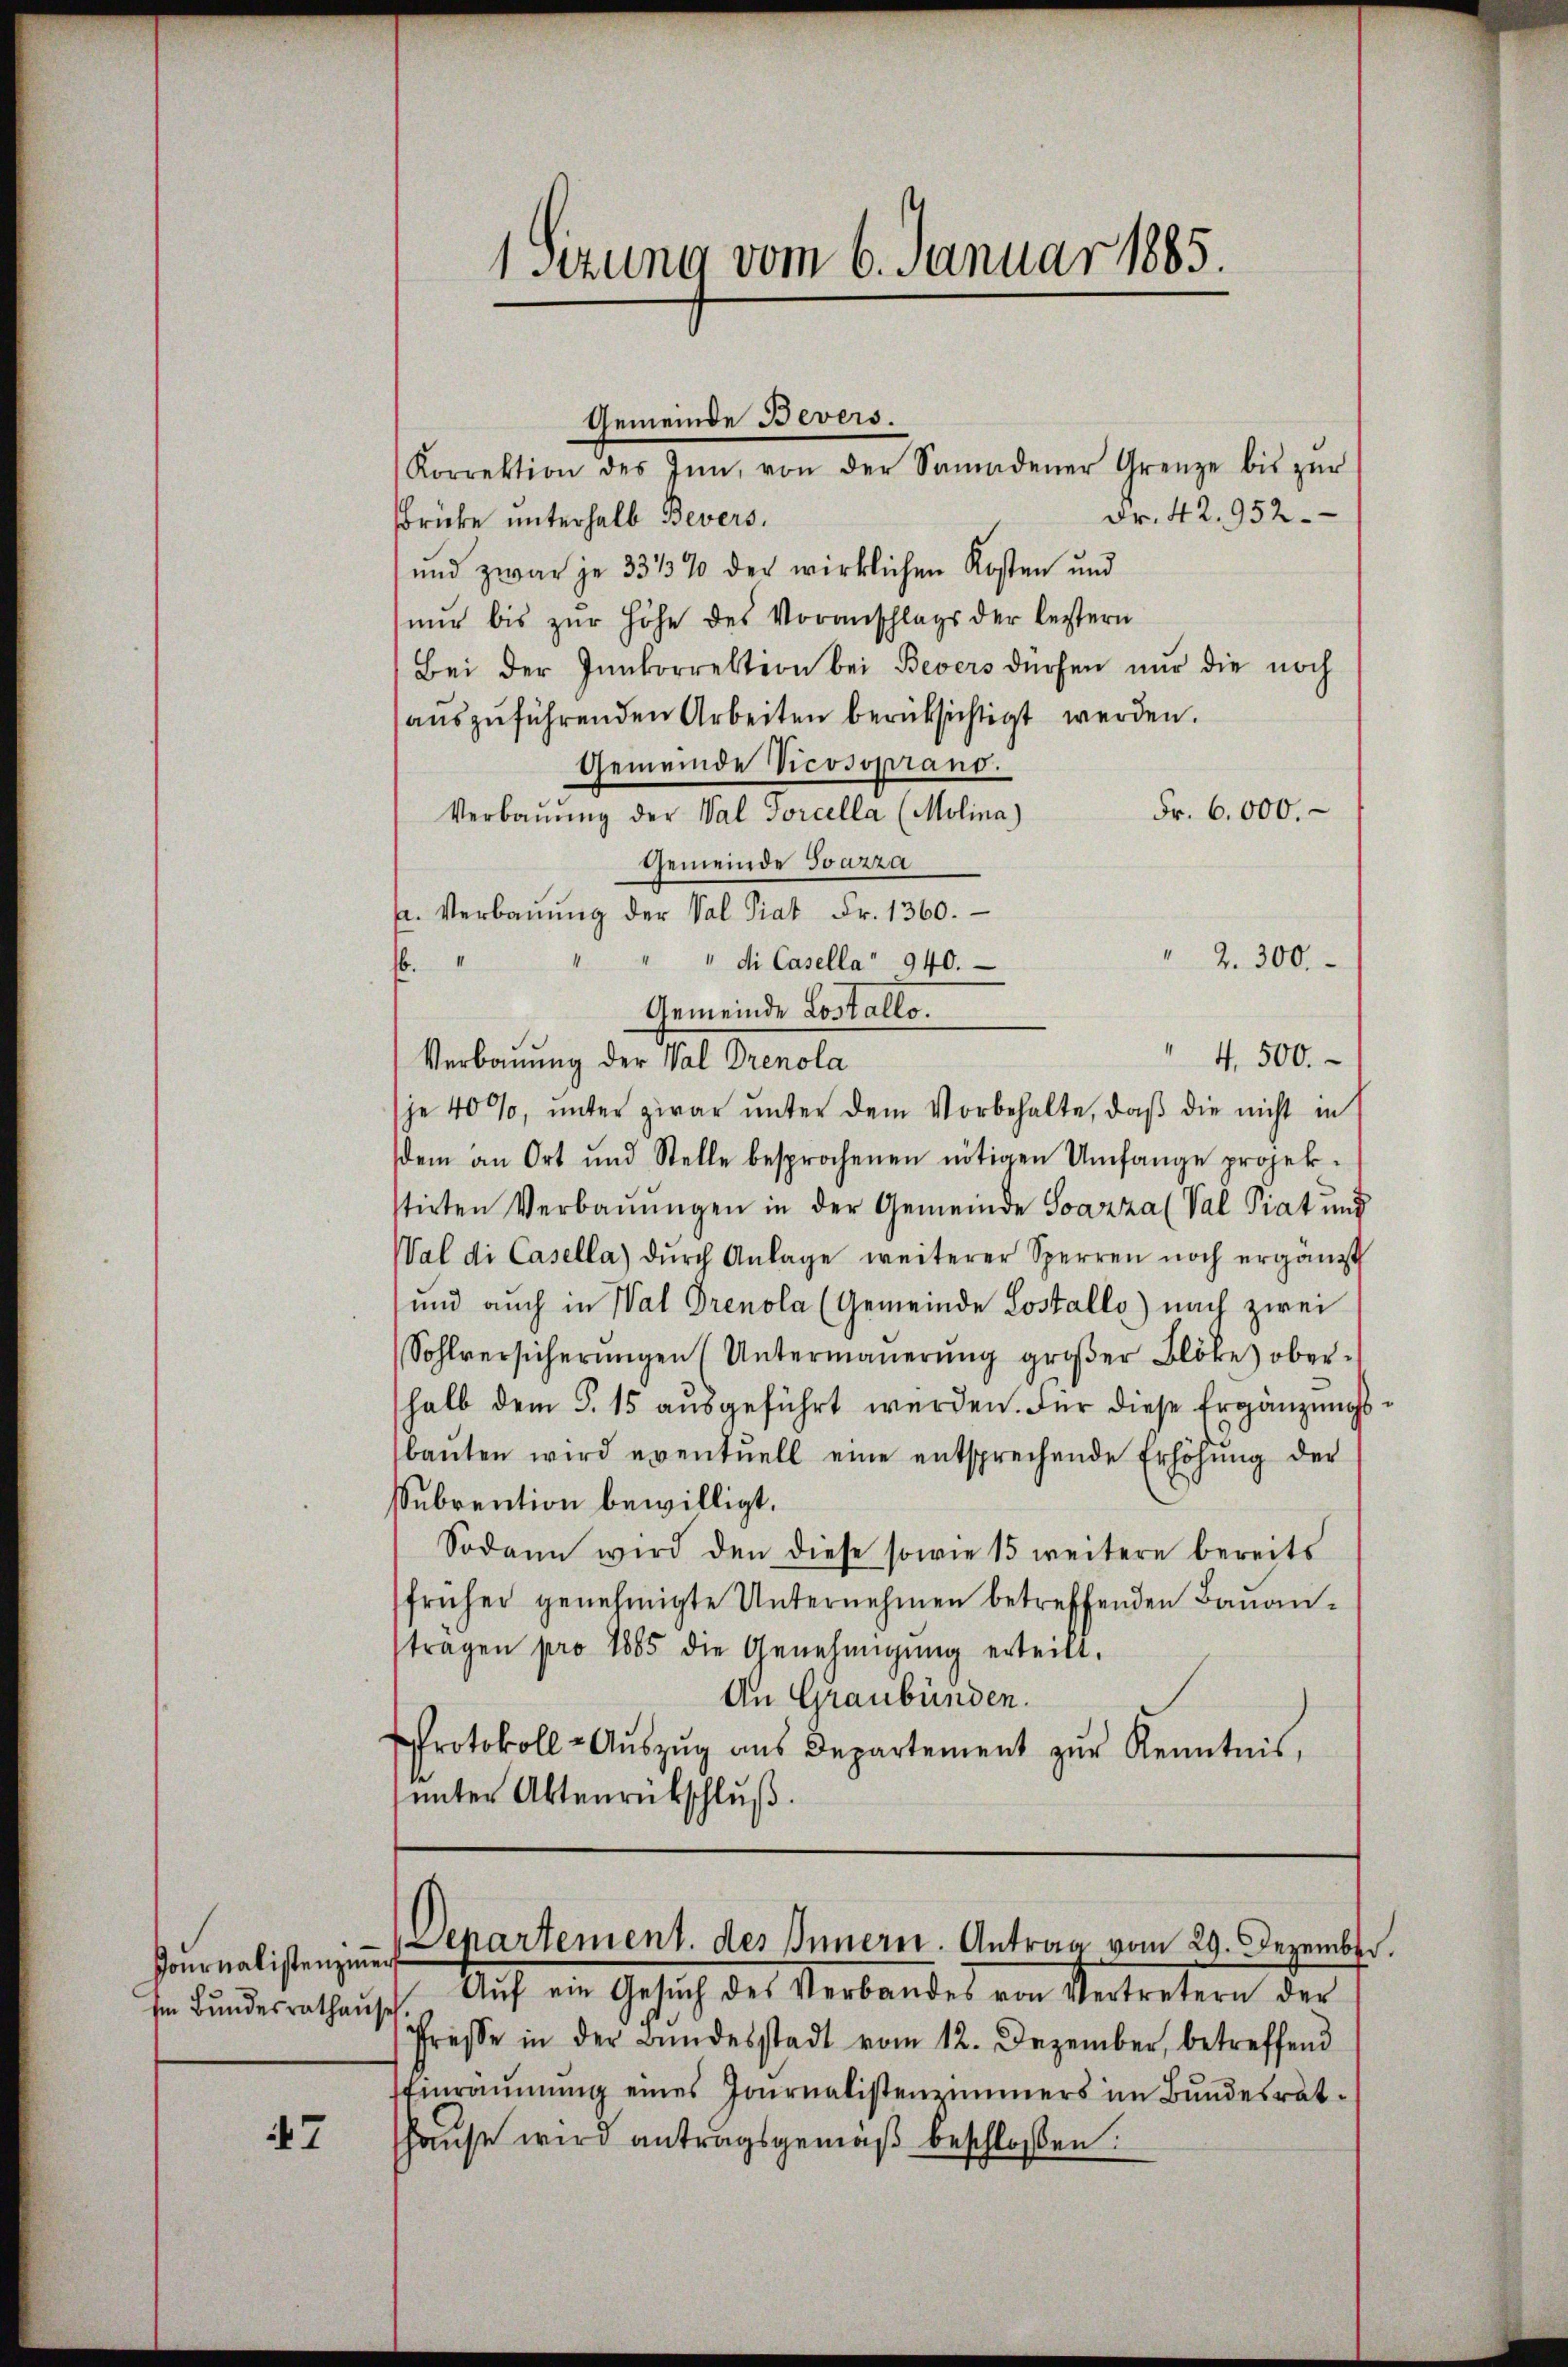
Journalistenzier

7

1Sitzung vom 6. Januar 1885.

Fr. 42. 952.
ricke unterhalb Bevers.
und zwar je 3315% der wirklichen Kosten und
nŭr bis zŭr Höhe des Voranschlags der leztern
Bei der Innkorrektion bei Bevers dürfen nur die noch
aŭszŭführenden Arbeiten berücksichtigt werden.
Gemeinde Vicosoprano.
Fr. 6000.
Verbaŭŭng der Val Torcella (Molina)
Gemeinde Svazza
A. Verbaŭŭng der Val Piat Fr. 1360.
" die Casella 940.
.
Gemeinde Lostallo.
4,500.
Verbauung der Wal Prenola
(je 40%, unter zwar unter dem Vorbehalte, daß die nicht in
dem an Ort und Stelle besprochenen nötigen Umfange projek-
stirten Verbaŭŭngen in der Gemeinde Soazza (Val Piat und
Wal di Casella dŭrch Anlage weiterer Sperren noch ergänzt
und auch in Wal Prenola (Gemeinde Lostalls) nach zwei
Sohlversicherŭngen (Untermaŭerŭng groβer Blöke) oberhalb dem §. 15 aŭsgeführt werden. Für diese Ergänzungsbaŭten wird eventuell eine entsprechende Erhöhŭng der
Subrention bewilligt.
Sodann wird den diese sowie 15 weitere bereits
früher genehmigte Unternehmen betreffenden Bauantragen pro 1885 die Genehmigŭng erteilt.
An Graubünden.
Protokoll-Aŭszŭg aŭs Departement zŭr Kenntnis,
unter Aktenrückschluß.

Gemeinde Bevers.
Korrektion des Inn, von der Samadener Grenze bis zŭr

m Bŭndesrathaŭsch. Aŭf ein Gesŭch des Verbandes von Vertretern der
Presse in der Bŭndesstadt vom 12. Dezember, betreffend
Einräŭmŭng eines Journalistenzimmers im Bundesrathaŭse wird antragsgemäβ beschlossen:

" 2. 300.

Denartement. des Innerer. Antrag vom 29. Dezember.